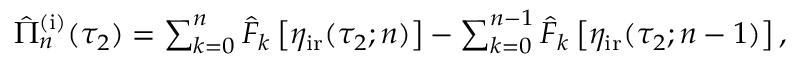
\begin{array} { r } { \hat { \Pi } _ { n } ^ { \mathrm { ( i ) } } ( \tau _ { 2 } ) = \sum _ { k = 0 } ^ { n } \hat { F } _ { k } \left[ \eta _ { \mathrm { i r } } ( \tau _ { 2 } ; n ) \right] - \sum _ { k = 0 } ^ { n - 1 } \hat { F } _ { k } \left[ \eta _ { \mathrm { i r } } ( \tau _ { 2 } ; n - 1 ) \right] , } \end{array}